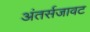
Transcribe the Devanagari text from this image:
अंतर्सजावट